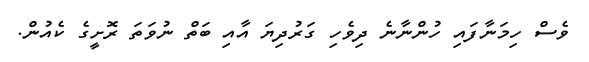
ވެސް ހިމަނާފައި ހުންނާނެ ދިވެހި ގަރުދިޔަ އާއި ބަތް ނުވަތަ ރޮށީގެ ކެއުން.